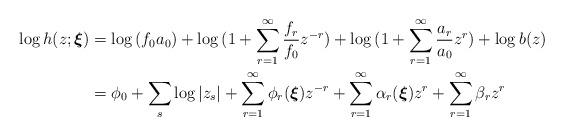
LaTeX: \begin{align*}\log{h(z;\boldsymbol{\xi})}&=\log{(f_0a_0)}+\log{(1+\sum_{r=1}^{\infty} \frac{f_r}{f_0} z^{-r})}+\log{(1+\sum_{r=1}^{\infty} \frac{a_r}{a_0} z^{r})}+\log{b(z)} \\&=\phi_0+\sum_{s}\log{|z_s|}+\sum_{r=1}^{\infty} \phi_r(\boldsymbol{\xi}) z^{-r}+\sum_{r=1}^{\infty} \alpha_r(\boldsymbol{\xi}) z^{r}+\sum_{r=1}^{\infty}\beta_r z^r \end{align*}